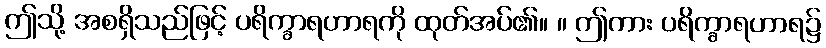
ဤသို့ အစရှိသည်ဖြင့် ပရိက္ခာရဟာရကို ထုတ်အပ်၏။ ။ ဤကား ပရိက္ခာရဟာရ၌